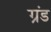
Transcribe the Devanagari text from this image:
ग्रंड